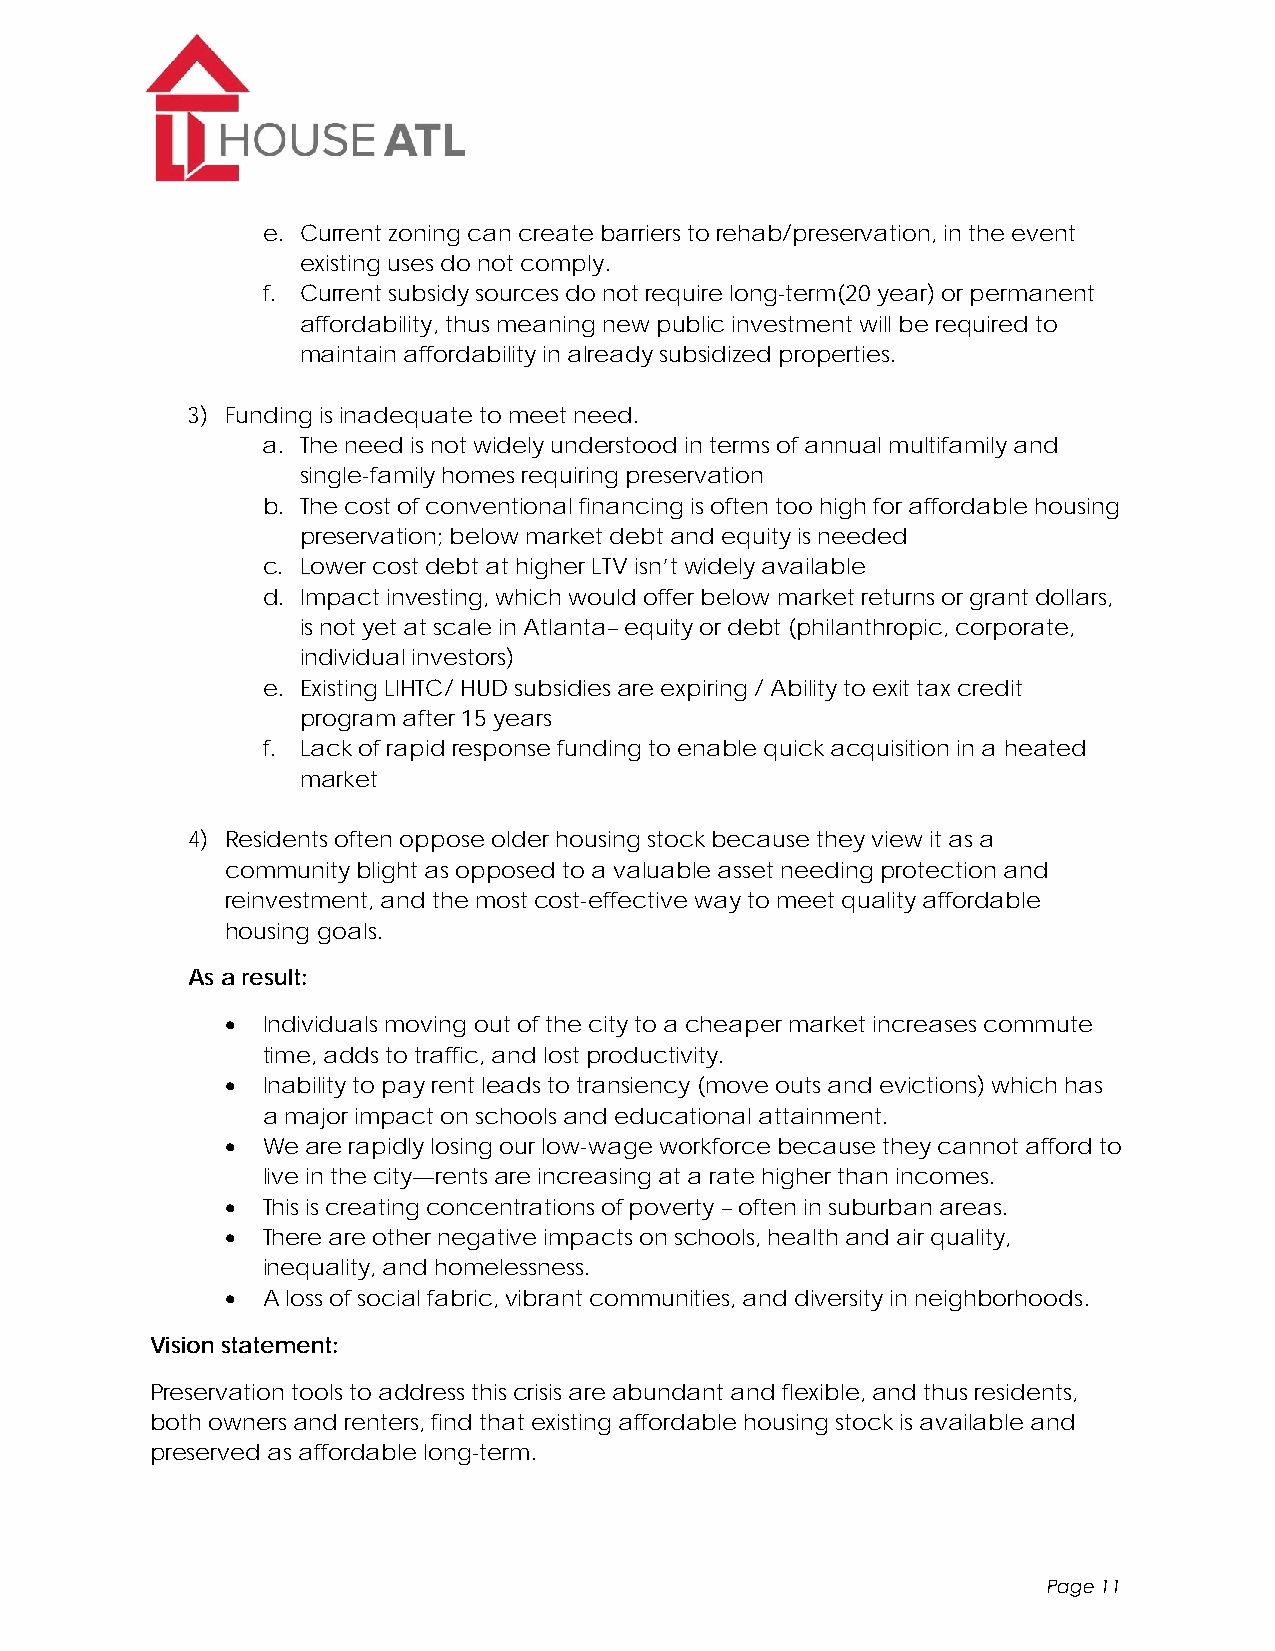
e. Current zoning can create barriers to rehab/preservation, in the event
 existing uses do not comply.
 f. Current subsidy sources do not require long-term(20 year) or permanent
 affordability, thus meaning new public investment will be required to
 maintain affordability in already subsidized properties.
 3) Funding is inadequate to meet need.
 a. The need is not widely understood in terms of annual multifamily and
 single-family homes requiring preservation
 b. The cost of conventional financing is often too high for affordable housing
 preservation; below market debt and equity is needed
 c. Lower cost debt at higher LTV isn’t widely available
 d. Impact investing, which would offer below market returns or grant dollars,
 is not yet at scale in Atlanta– equity or debt (philanthropic, corporate,
 individual investors)
 e. Existing LIHTC/ HUD subsidies are expiring / Ability to exit tax credit
 program after 15 years
 f. Lack of rapid response funding to enable quick acquisition in a heated
 market
 4) Residents often oppose older housing stock because they view it as a
 community blight as opposed to a valuable asset needing protection and
 reinvestment, and the most cost-effective way to meet quality affordable
 housing goals.
 As a result:
  Individuals moving out of the city to a cheaper market increases commute
 time, adds to traffic, and lost productivity.
  Inability to pay rent leads to transiency (move outs and evictions) which has
 a major impact on schools and educational attainment.
  We are rapidly losing our low-wage workforce because they cannot afford to
 live in the city—rents are increasing at a rate higher than incomes.
  This is creating concentrations of poverty – often in suburban areas.
  There are other negative impacts on schools, health and air quality,
 inequality, and homelessness.
  A loss of social fabric, vibrant communities, and diversity in neighborhoods.
 Vision statement:
 Preservation tools to address this crisis are abundant and flexible, and thus residents,
 both owners and renters, find that existing affordable housing stock is available and
 preserved as affordable long-term.
 Page 11